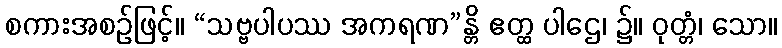
စကားအစဉ်ဖြင့်။ “သဗ္ဗပါပဿ အကရဏ”န္တိ ဧတ္ထ ပါဌေ၊ ၌။ ဝုတ္တံ၊ သော။